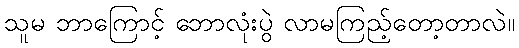
သူမ ဘာကြောင့် ဘောလုံးပွဲ လာမကြည့်တော့တာလဲ။